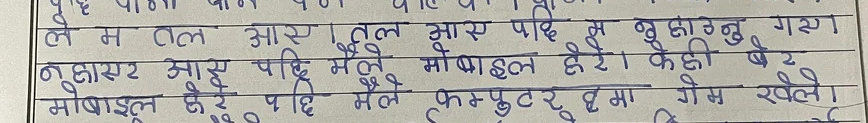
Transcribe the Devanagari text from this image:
ले म तल आए। तल आएपछि म नुहाउनु गए।
नुहाएर आएपछि मैले मोबाइल हेरे। केही बेर
मोबाइल हेरेपछि मैले कम्प्युटरमा गेम खेले।